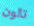
تالون